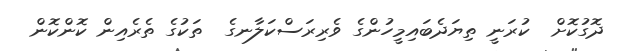
ދޮގުކޮށް  ކުރަނީ ތިޔަދެބައިމީހުންގެ ވެރިރަސްކަލާނގެ  ތަކުގެ ތެރެއިން ކޮންކޮން